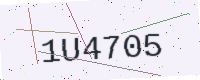
Text: 1U4705